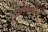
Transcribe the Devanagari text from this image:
फ़ॉक्सेज़